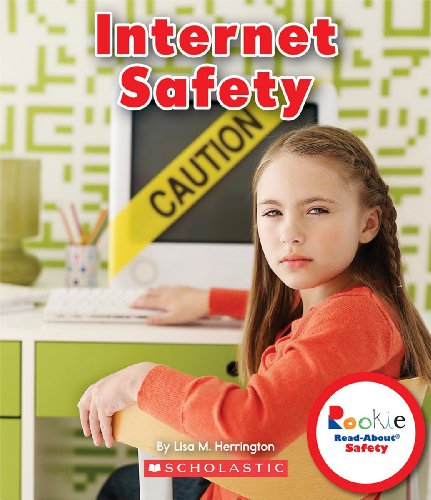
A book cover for Internet Safety (Rookie Read-About Safety); Lisa M. Herrington; Children's Books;